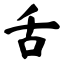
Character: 舌